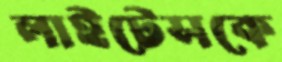
লাইটেসকে